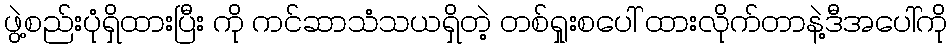
ဖွဲ့စည်းပုံရှိထားပြီး ကို ကင်ဆာသံသယရှိတဲ့ တစ်ရှုးစပေါ် ထားလိုက်တာနဲ့ဒီအပေါ်ကို